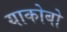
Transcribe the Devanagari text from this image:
याकोबो